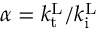
\alpha = k _ { \mathrm { t } } ^ { \mathrm { L } } / k _ { \mathrm { i } } ^ { \mathrm { L } }